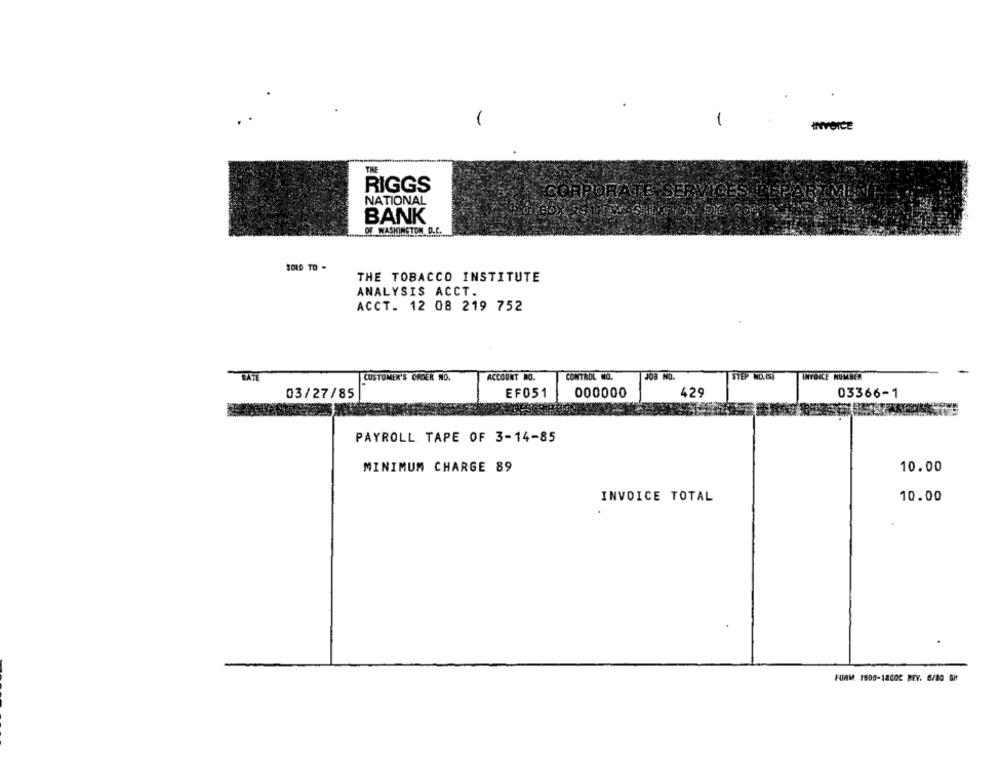
-
INVOICE
RIGGS
CORPORATE SERVICES DEPARTMENT
NATIONAL
BANK
OF WASHINGTON D.C ...
THE TOBACCO INSTITUTE
ANALYSIS ACCT.
ACCT. 12 08 219 752
CUSTOMER'S OFDER NO.
ACCOUNT NO.
CONTROL NO.
JOB NO.
STEP NO.CSI
INVOICE NUMBER
03/27/85
EF051
000000
429
03366-1
PAYROLL. TAPE OF 3-14-85
MINIMUM CHARGE 89
10.00
INVOICE TOTAL
10.00
FORM 1800-12002 REY. 6/80 GH